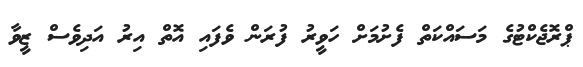
ޕްރޮޖެކްޓުގެ މަސައްކަތް ފެށުމަށް ހަވީރު ފުރަން ވެފައި އޮތް އިރު އަދިވެސް ޒީވާ